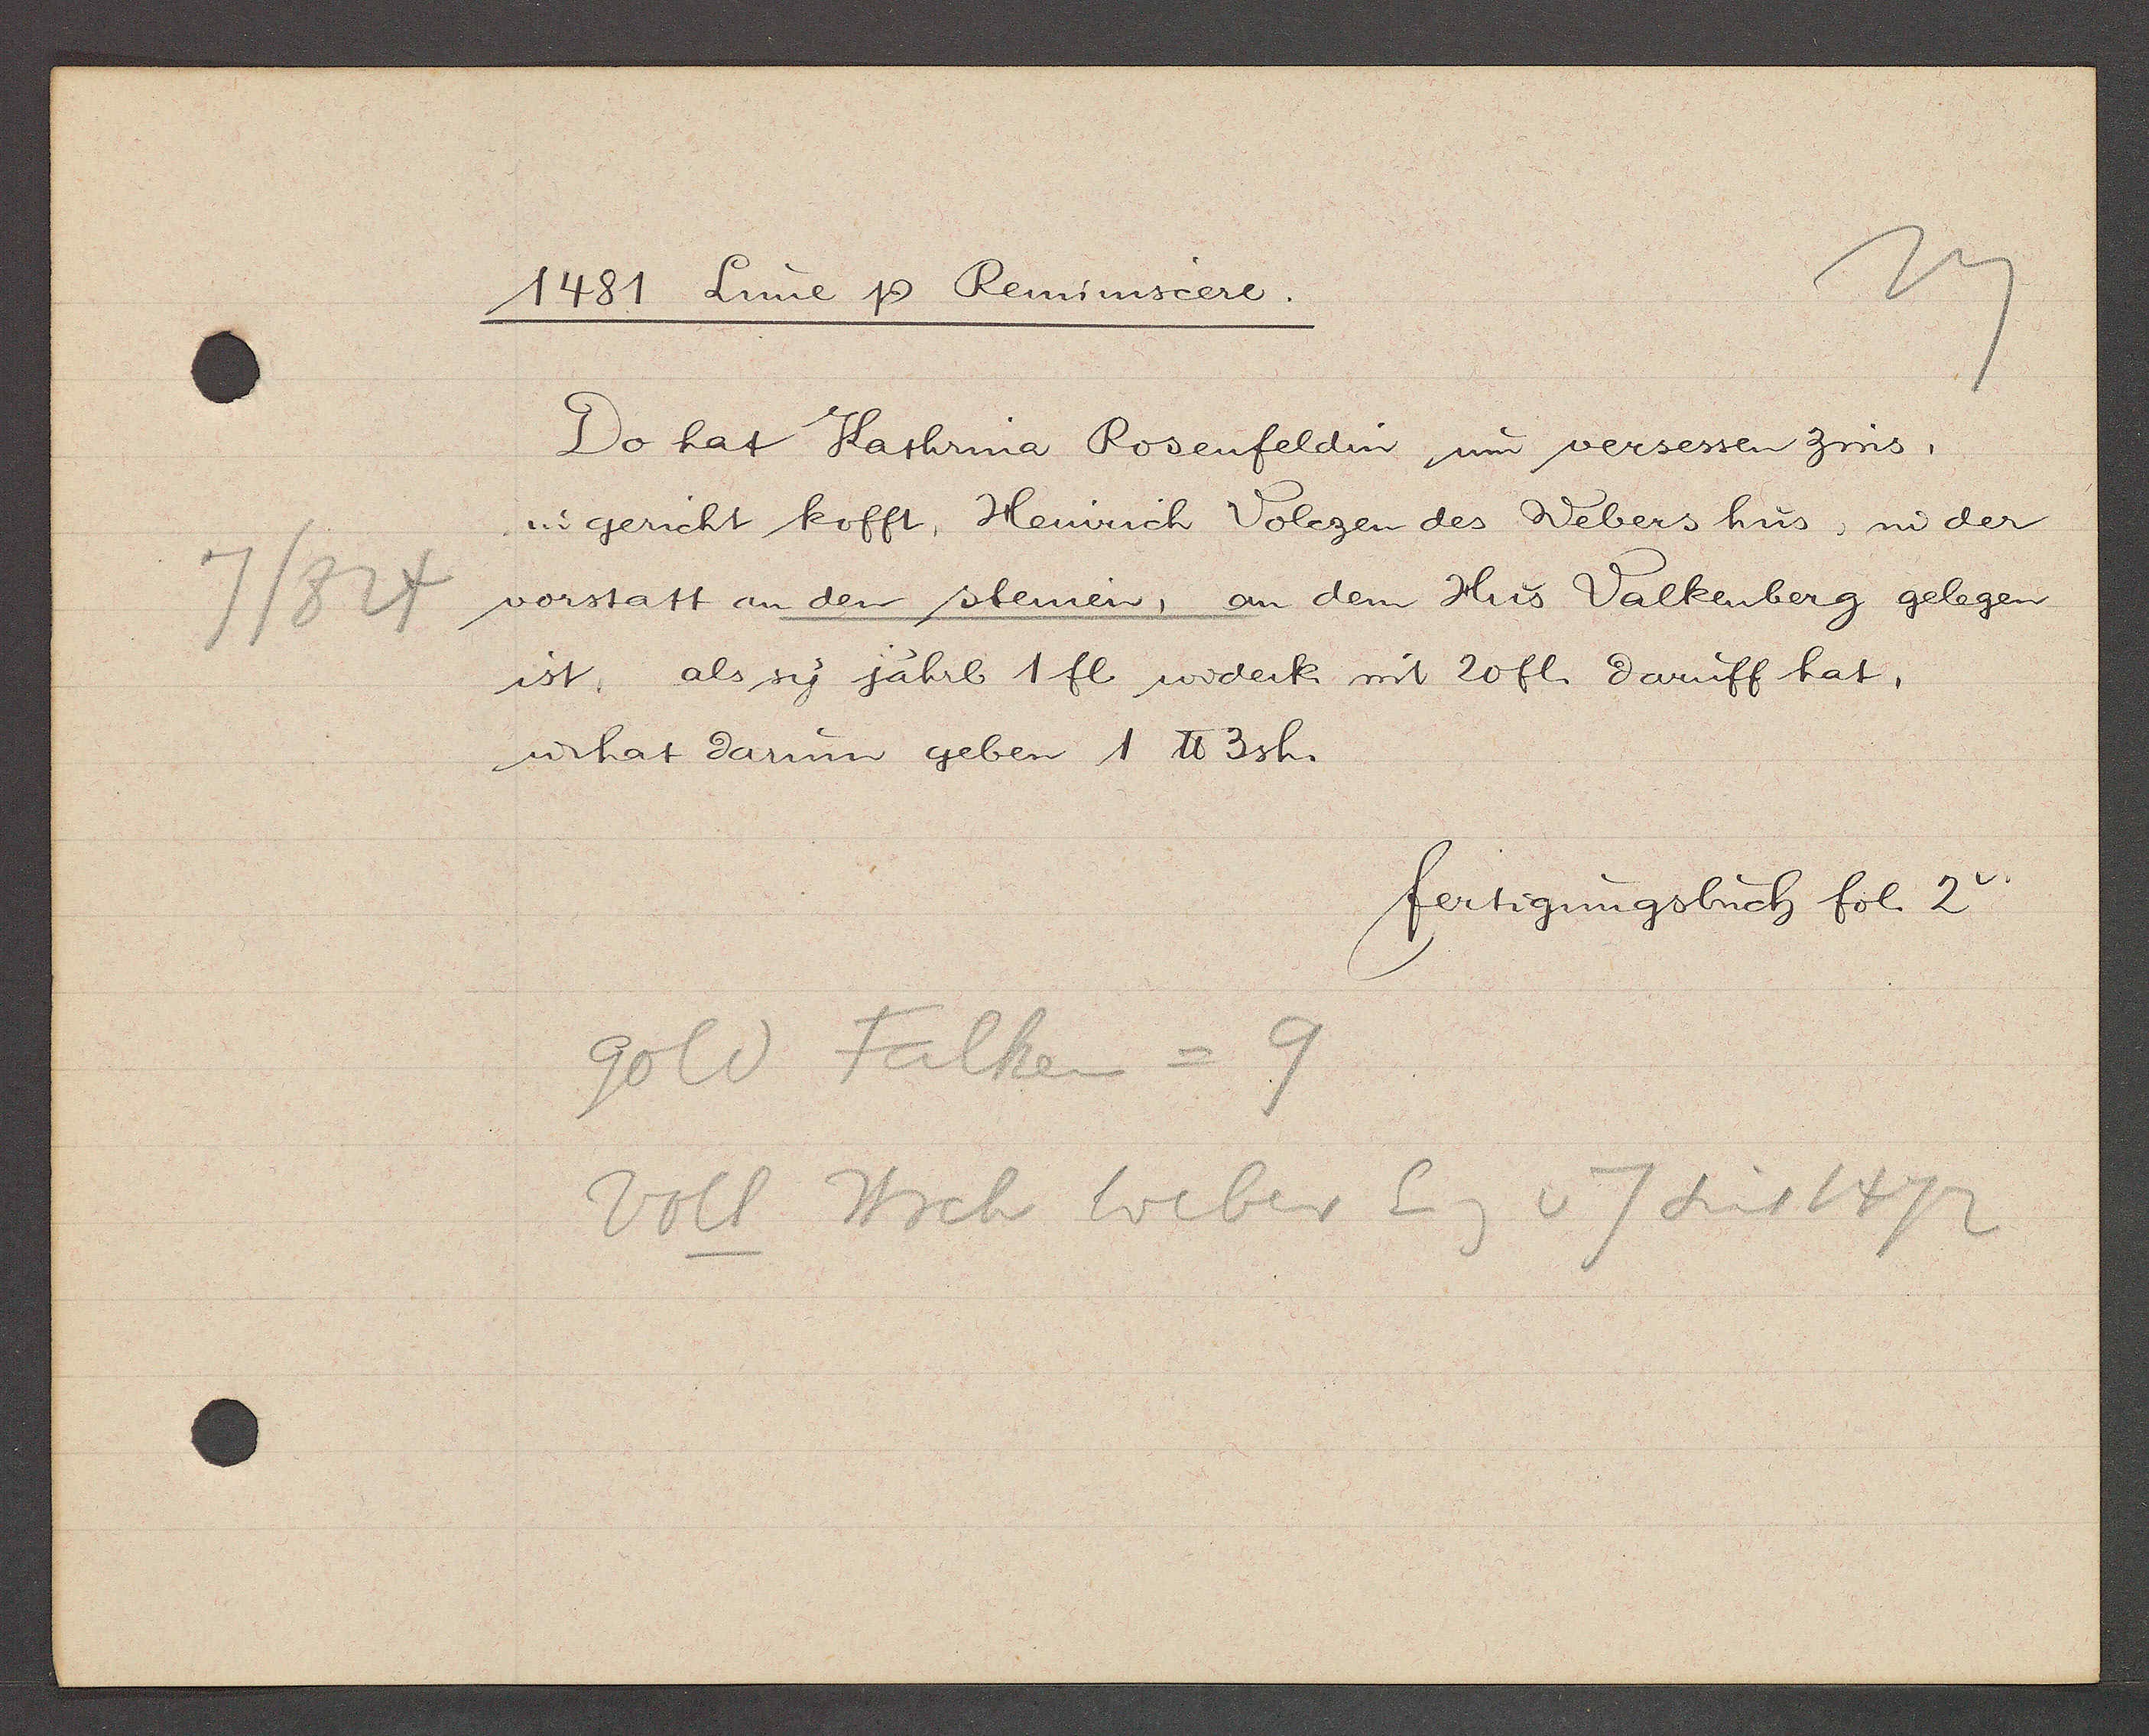
Transcript:
7/824

1481 Lune Ƿ Reminscere.

Do hat Kathrina Rosenfeldin um versessen zins,
in gericht kofft, Heinrich Volezen des Webers hus, in der
vorstatt an den steinen, an dem Hus Valkenberg gelegen
ist, als sy jährl 1 fl widerk mit 20fl. daruff hat,
u hat darum geben 1 ℔ 3 sh.

fertigungsbuch fol. 2

gold Falken = 9
Voll Hrch Weber Eig v 7 seit 1472